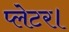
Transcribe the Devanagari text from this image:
प्लेटर।